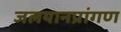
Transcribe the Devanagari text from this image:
जलयानप्रांगण